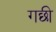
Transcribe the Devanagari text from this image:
गछी